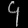
Digit: ၄